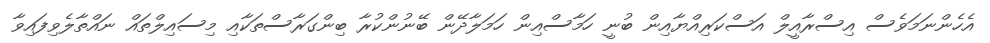
އެހެންނަމަވެސް އިސްރާއީލް އަސްކަރިއްޔާއިން ބުނީ ހަމާސްއިން ހަމަލާދޭން ބޭނުންކުރާ ބިންގަރާސްތަކާއި މިސައިލްތައް ނައްތާލެވިފައިވާ